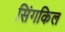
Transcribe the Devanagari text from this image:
सिंगकिल